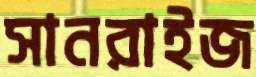
সানরাইজ